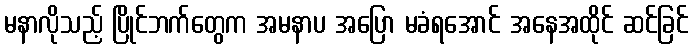
မနာလိုသည့် ပြိုင်ဘက်တွေက အမနာပ အပြော မခံရအောင် အနေအထိုင် ဆင်ခြင်